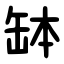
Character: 缽